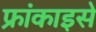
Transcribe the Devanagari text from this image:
फ्रांकाइसे